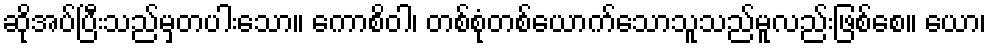
ဆိုအပ်ပြီးသည်မှတပါးသော။ ကောစိဝါ၊ တစ်စုံတစ်ယောက်သောသူသည်မူလည်းဖြစ်စေ။ ယော၊